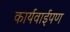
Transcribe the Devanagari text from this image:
कार्यवाईपण